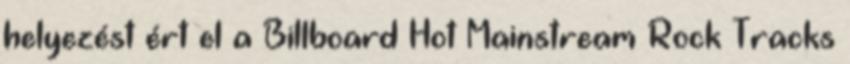
helyezést ért el a Billboard Hot Mainstream Rock Tracks